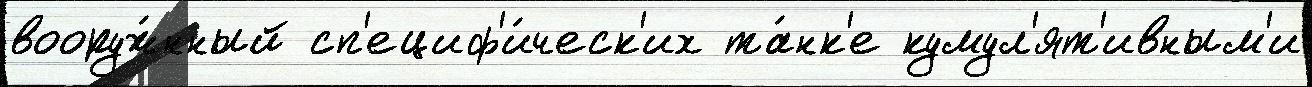
вооруж́нный сп'ециф'и́ческ'их та́нк'е кумул'ят'ивным'и